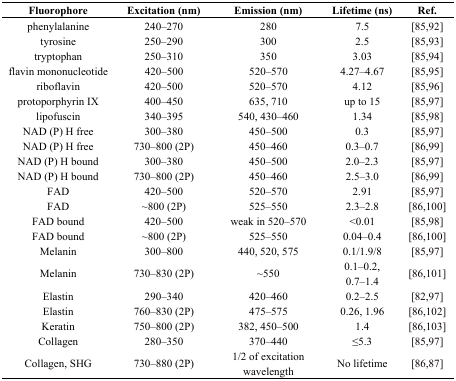
<table><thead><tr><td><b>Fluorophore</b></td><td><b>Excitation (nm)</b></td><td><b>Emission (nm)</b></td><td><b>Lifetime (ns)</b></td><td><b>Ref.</b></td></tr></thead><tbody><tr><td>phenylalanine</td><td>240–270</td><td>280</td><td>7.5</td><td>[85,92]</td></tr><tr><td>tyrosine</td><td>250–290</td><td>300</td><td>2.5</td><td>[85,93]</td></tr><tr><td>tryptophan</td><td>250–310</td><td>350</td><td>3.03</td><td>[85,94]</td></tr><tr><td>flavin mononucleotide</td><td>420–500</td><td>520–570</td><td>4.27–4.67</td><td>[85,95]</td></tr><tr><td>riboflavin</td><td>420–500</td><td>520–570</td><td>4.12</td><td>[85,96]</td></tr><tr><td>protoporphyrin IX</td><td>400–450</td><td>635, 710</td><td>up to 15</td><td>[85,97]</td></tr><tr><td>lipofuscin</td><td>340–395</td><td>540, 430–460</td><td>1.34</td><td>[85,98]</td></tr><tr><td>NAD (P) H free</td><td>300–380</td><td>450–500</td><td>0.3 </td><td>[85,97]</td></tr><tr><td>NAD (P) H free</td><td>730–800 (2P)</td><td>450–460</td><td>0.3–0.7</td><td>[86,99]</td></tr><tr><td>NAD (P) H bound</td><td>300–380 </td><td>450–500</td><td>2.0–2.3</td><td>[85,97]</td></tr><tr><td>NAD (P) H bound</td><td>730–800 (2P)</td><td>450–460</td><td>2.5–3.0</td><td>[86,99]</td></tr><tr><td>FAD</td><td>420–500</td><td>520–570</td><td>2.91</td><td>[85,97]</td></tr><tr><td>FAD</td><td>~800 (2P)</td><td>525–550</td><td>2.3–2.8</td><td>[86,100]</td></tr><tr><td>FAD bound</td><td>420–500</td><td>weak in 520–570</td><td>&lt;0.01</td><td>[85,98]</td></tr><tr><td>FAD bound</td><td>~800 (2P)</td><td>525–550</td><td>0.04–0.4</td><td>[86,100]</td></tr><tr><td>Melanin</td><td>300–800</td><td>440, 520, 575</td><td>0.1/1.9/8</td><td>[85,97]</td></tr><tr><td>Melanin</td><td>730–830 (2P)</td><td>~550</td><td>0.1–0.2, 0.7–1.4</td><td>[86,101]</td></tr><tr><td>Elastin</td><td>290–340</td><td>420–460</td><td>0.2–2.5</td><td>[82,97]</td></tr><tr><td>Elastin</td><td>760–830 (2P)</td><td>475–575</td><td>0.26, 1.96</td><td>[86,102]</td></tr><tr><td>Keratin</td><td>750–800 (2P)</td><td>382, 450–500</td><td>1.4</td><td>[86,103]</td></tr><tr><td>Collagen</td><td>280–350</td><td>370–440</td><td>≤5.3</td><td>[85,97]</td></tr><tr><td>Collagen, SHG</td><td>730–880 (2P)</td><td>1/2 of excitation wavelength</td><td>No lifetime</td><td>[86,87]</td></tr></tbody></table>